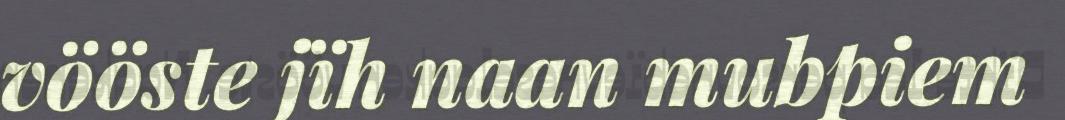
vööste jïh naan mubpiem